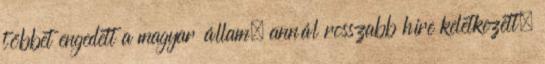
többet engedett a magyar állam, annál rosszabb híre keletkezett.